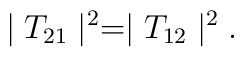
\mid T_{21}\mid^{2} = \mid T_{12}\mid^{2} .